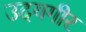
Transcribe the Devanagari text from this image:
उदयगीर